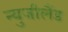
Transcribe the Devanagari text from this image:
न्युजीलैंड